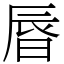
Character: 㫳